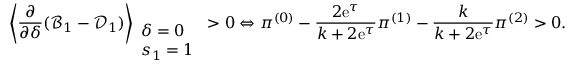
\left\langle \frac { \partial } { \partial \delta } ( \mathcal { B } _ { 1 } - \mathcal { D } _ { 1 } ) \right\rangle _ { \begin{array} { l } { \delta = 0 } \\ { s _ { 1 } = 1 } \end{array} } > 0 \Leftrightarrow \pi ^ { ( 0 ) } - \frac { 2 \mathrm { e } ^ { \tau } } { k + 2 \mathrm { e } ^ { \tau } } \pi ^ { ( 1 ) } - \frac { k } { k + 2 \mathrm { e } ^ { \tau } } \pi ^ { ( 2 ) } > 0 .